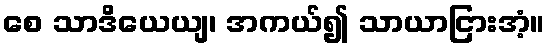
စေ သာဒိယေယျ၊ အကယ်၍ သာယာငြားအံ့။